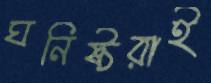
ঘনিষ্ঠরাই